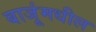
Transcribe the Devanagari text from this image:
बाजूंमधील